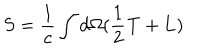
S = \frac { 1 } { c } \int d \Omega ( \frac { 1 } { 2 } { \bf T } + { \bf L } )